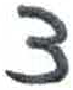
אות: ע